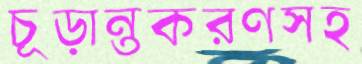
চূড়ান্তকরণসহ